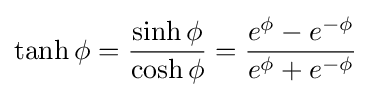
\tanh \phi ={\frac {\sinh \phi }{\cosh \phi }}={\frac {e^{\phi }-e^{-\phi }}{e^{\phi }+e^{-\phi }}}